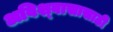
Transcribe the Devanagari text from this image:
अविश्‍वासासाठी